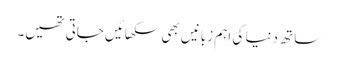
ساتھ دنیا کی اہم زبانیں بھی سکھائیں جاتی تھیں۔